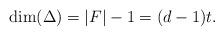
LaTeX: \begin{align*}\dim(\Delta)=|F|-1=(d-1)t.\end{align*}